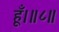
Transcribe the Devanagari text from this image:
हूँ।॥८॥